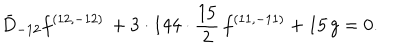
LaTeX: { \bar { D } _ { - 1 2 } f ^ { ( 1 2 , - 1 2 ) } \, + 3 \cdot 1 4 4 \cdot { \frac { 1 5 } { 2 } } \, f ^ { ( 1 1 , - 1 1 ) } + 1 5 \, g = 0 . }